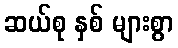
ဆယ်စု နှစ် များစွာ